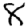
Digit: 8